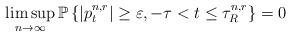
LaTeX: \begin{align*}\limsup_{n\to \infty}\mathbb{P}\left\lbrace \left\lvert p^{n,r}_t\right\rvert\ge \varepsilon, -\tau<t\le \tau^{n,r}_R\right\rbrace = 0\end{align*}